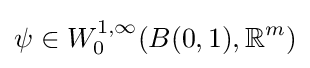
\psi \in W_{0}^{1,\infty }(B(0,1),\mathbb {R} ^{m})